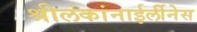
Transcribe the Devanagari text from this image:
श्रीलंकांनाईर्लीनेस